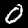
Digit: 0